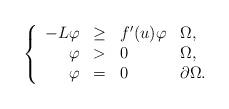
LaTeX: \begin{align*}\left\{\begin{array}{rlll}-L \varphi & \geq & f'(u) \varphi & \Omega,\\\varphi & >& 0 & \Omega,\\ \varphi & =& 0 & \partial\Omega.\end{array}\right.\end{align*}